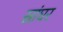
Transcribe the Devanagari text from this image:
स्नांघर